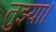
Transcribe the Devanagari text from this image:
तुझ्या।